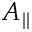
A _ { \parallel }